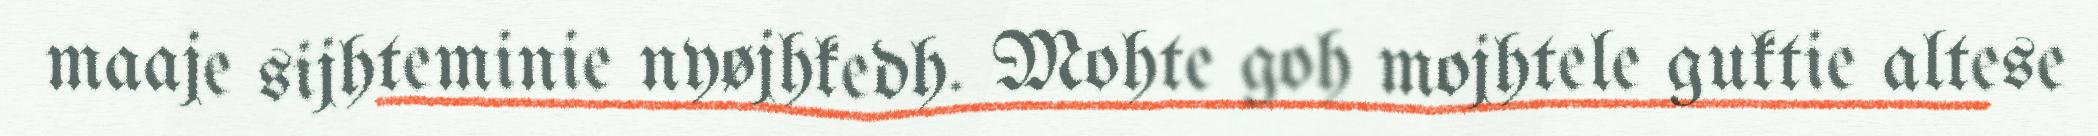
maaje sijhteminie nyøjhkedh. Mohte goh mojhtele guktie altese